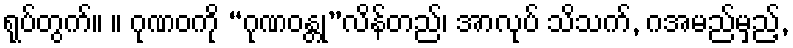
ရုပ်တွက်။ ။ ဂုဏဝကို “ဂုဏဝန္တု”လိန်တည်၊ အာလုပ် သိသက်, ဂအမည်မှည့်,